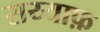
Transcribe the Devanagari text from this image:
सय्याफ़